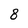
Character: 8